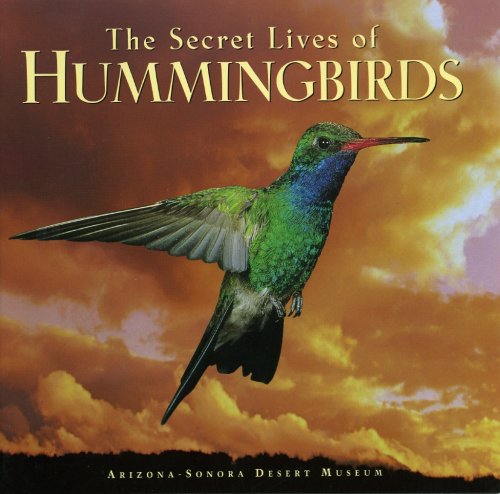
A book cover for The Secret Lives of Hummingbirds; David Wentworth Lazaroff; Science & Math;